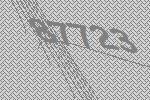
87723